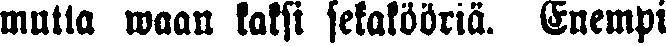
mutta waan kaksi sekakööriä. Enempi